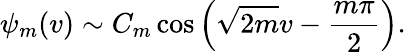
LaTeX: \psi_{m}(v)\sim C_{m}\cos\left(\sqrt{2m}v-\frac{m\pi}{2}\right).